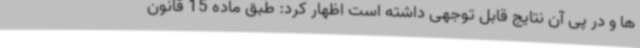
ها و در پی آن نتایج قابل توجهی داشته است اظهار کرد: طبق ماده 15 قانون